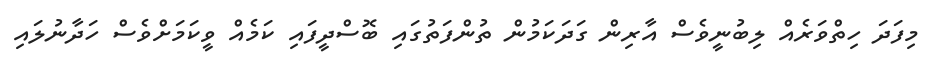
މިފަދަ ހިތްވަރެއް ލިބުނީވެސް އާރިން ގަދަކަމުން ތުންފަތުގައި ބޮސްދީފައި ކަމެއް ވީކަމަށްވެސް ހަދާނުލައި